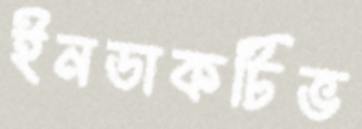
ইনডাকটিভ